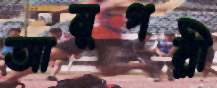
আনুপল্লী